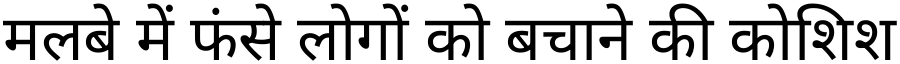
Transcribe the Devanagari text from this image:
मलबे में फंसे लोगों को बचाने की कोशिश